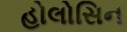
હોલોસિન